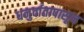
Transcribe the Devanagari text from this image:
धनुर्वातापासून